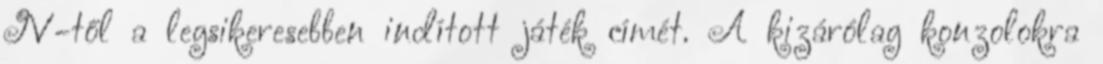
IV-től a legsikeresebben indított játék címét. A kizárólag konzolokra